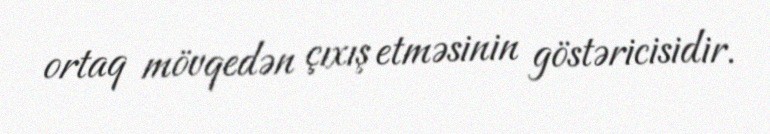
ortaq mövqedən çıxış etməsinin göstəricisidir.